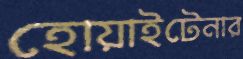
হোয়াইটেনার